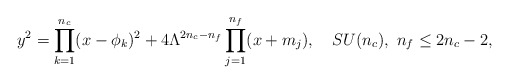
\begin{align*}y^{2} = \prod_{k=1}^{n_{c}}(x-\phi_{k})^{2} + 4 \Lambda^{2n_{c}-n_{f}} \prod_{j=1}^{n_{f}}(x+m_{j}), \quad SU(n_c), \, \, n_f \le 2n_c-2,\end{align*}